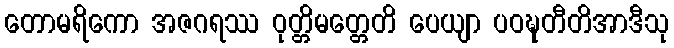
တောမရိကော အဇဂရဿ ဝုတ္တိမတ္တေတိ ပေယျာ ပဝဍ္ဎတီတိအာဒီသု